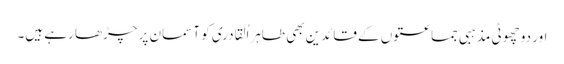
اور دو چھوٹی مذہبی جماعتوں کے قائدین بھی طاہراُلقادری کو آسمان پر چڑھا رہے ہیں۔